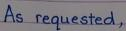
As requested,